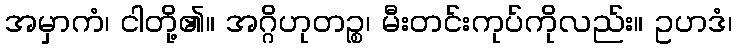
အမှာကံ၊ ငါတို့၏။ အဂ္ဂိဟုတဉ္စ၊ မီးတင်းကုပ်ကိုလည်း။ ဥဟဒံ၊